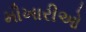
મૌખારીઓ